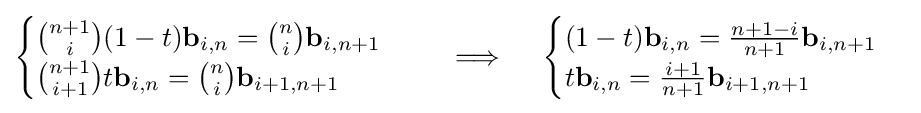
{\begin{cases}{n+1 \choose i}(1-t)\mathbf {b} _{i,n}={n \choose i}\mathbf {b} _{i,n+1}\\{n+1 \choose i+1}t\mathbf {b} _{i,n}={n \choose i}\mathbf {b} _{i+1,n+1}\end{cases}}\quad \implies \quad {\begin{cases}(1-t)\mathbf {b} _{i,n}={\frac {n+1-i}{n+1}}\mathbf {b} _{i,n+1}\\t\mathbf {b} _{i,n}={\frac {i+1}{n+1}}\mathbf {b} _{i+1,n+1}\end{cases}}